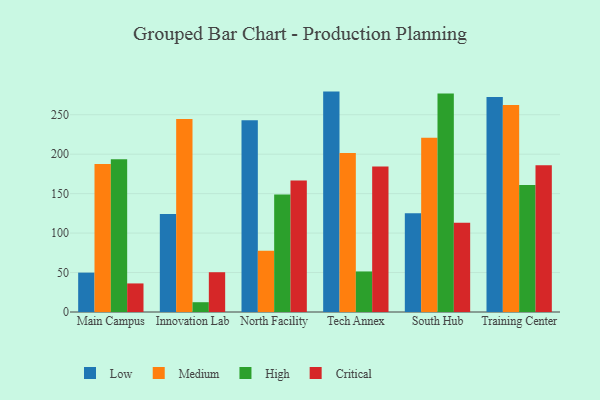
{"axis": {"x": "Campus", "y": "Satisfaction Score"}, "legend": ["Critical", "High", "Low", "Medium"], "data": [{"x": "Main Campus", "y": 49.9, "type": "Low"}, {"x": "Main Campus", "y": 187.7, "type": "Medium"}, {"x": "Main Campus", "y": 193.7, "type": "High"}, {"x": "Main Campus", "y": 36.2, "type": "Critical"}, {"x": "Innovation Lab", "y": 124.3, "type": "Low"}, {"x": "Innovation Lab", "y": 244.6, "type": "Medium"}, {"x": "Innovation Lab", "y": 12.4, "type": "High"}, {"x": "Innovation Lab", "y": 50.4, "type": "Critical"}, {"x": "North Facility", "y": 242.9, "type": "Low"}, {"x": "North Facility", "y": 77.6, "type": "Medium"}, {"x": "North Facility", "y": 149.0, "type": "High"}, {"x": "North Facility", "y": 166.6, "type": "Critical"}, {"x": "Tech Annex", "y": 279.3, "type": "Low"}, {"x": "Tech Annex", "y": 201.5, "type": "Medium"}, {"x": "Tech Annex", "y": 51.4, "type": "High"}, {"x": "Tech Annex", "y": 184.5, "type": "Critical"}, {"x": "South Hub", "y": 125.2, "type": "Low"}, {"x": "South Hub", "y": 220.7, "type": "Medium"}, {"x": "South Hub", "y": 276.9, "type": "High"}, {"x": "South Hub", "y": 113.2, "type": "Critical"}, {"x": "Training Center", "y": 272.5, "type": "Low"}, {"x": "Training Center", "y": 262.4, "type": "Medium"}, {"x": "Training Center", "y": 160.9, "type": "High"}, {"x": "Training Center", "y": 185.9, "type": "Critical"}]}